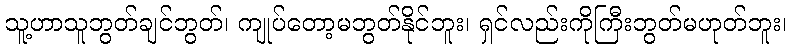
သူ့ဟာသူဘွတ်ချင်ဘွတ်၊ ကျုပ်တော့မဘွတ်နိုင်ဘူး၊ ရှင်လည်းကိုကြီးဘွတ်မဟုတ်ဘူး၊